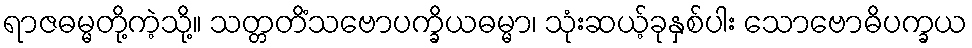
ရာဇဓမ္မတို့ကဲ့သို့။ သတ္တတိံသဗောပက္ခိယဓမ္မာ၊ သုံးဆယ့်ခုနှစ်ပါး သောဗောဓိပက္ခယ